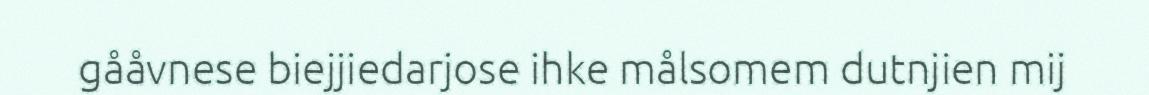
gååvnese biejjiedarjose ihke målsomem dutnjien mij